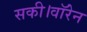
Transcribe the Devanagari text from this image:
सकी।वॉरेन